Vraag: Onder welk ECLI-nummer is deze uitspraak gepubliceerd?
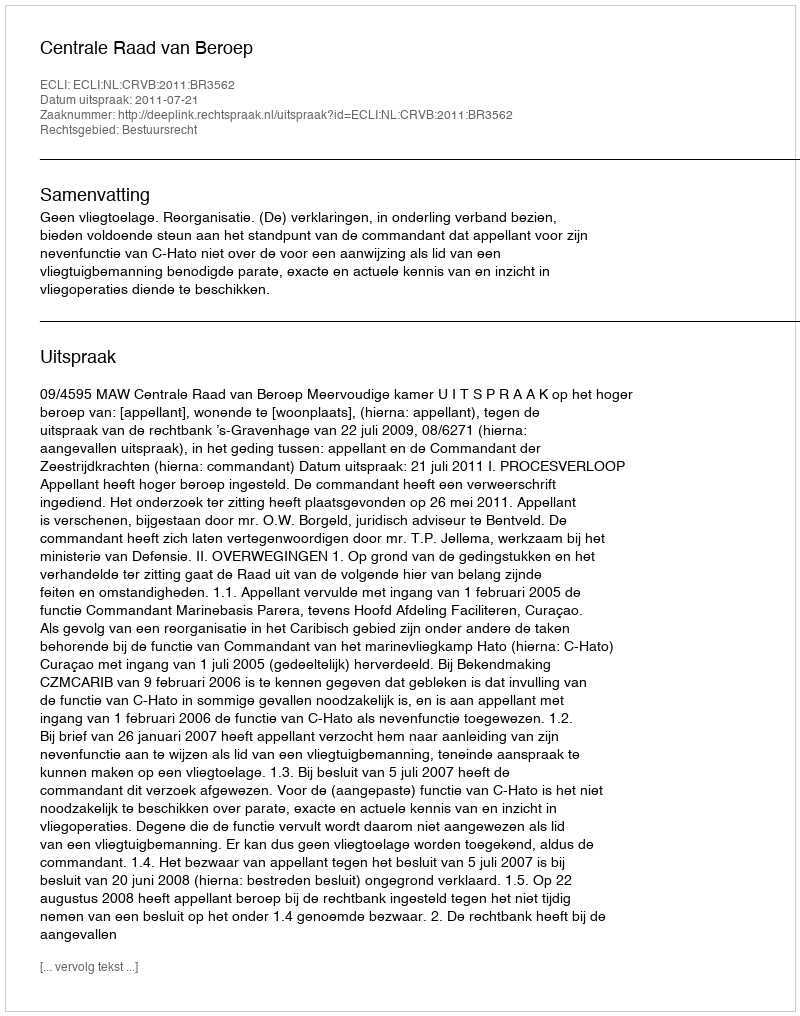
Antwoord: ECLI:NL:CRVB:2011:BR3562